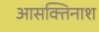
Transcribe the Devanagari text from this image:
आसक्तिनाश